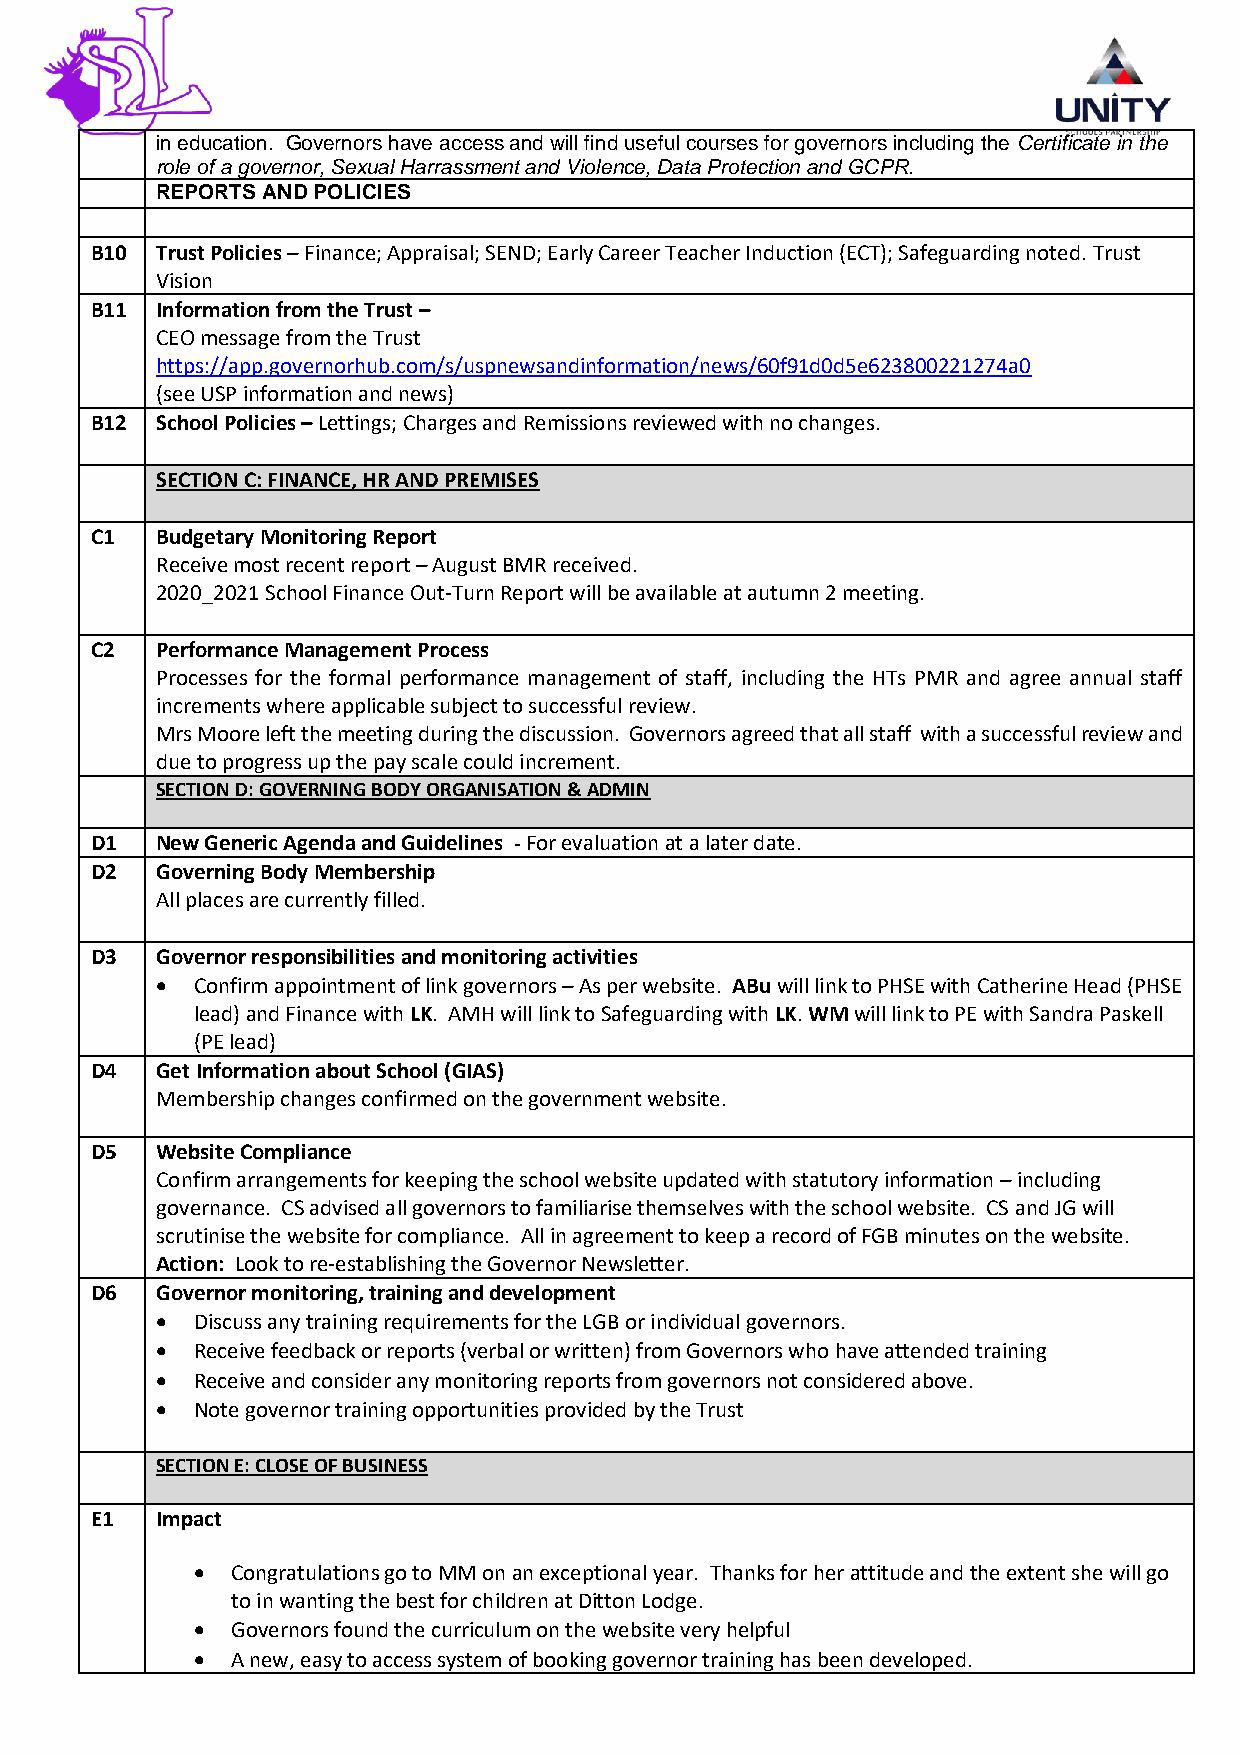
in education. Governors have access and will find useful courses for governors including the Certificate in the
 role of a governor, Sexual Harrassment and Violence, Data Protection and GCPR.
 REPORTS AND POLICIES
 B10 Trust Policies – Finance; Appraisal; SEND; Early Career Teacher Induction (ECT); Safeguarding noted. Trust
 Vision
 B11 Information from the Trust –
 CEO message from the Trust
 https://app.governorhub.com/s/uspnewsandinformation/news/60f91d0d5e623800221274a0
 (see USP information and news)
 B12 School Policies – Lettings; Charges and Remissions reviewed with no changes.
 SECTION C: FINANCE, HR AND PREMISES
 C1  Budgetary Monitoring Report
 Receive most recent report – August BMR received.
 2020_2021 School Finance Out-Turn Report will be available at autumn 2 meeting.
 C2  Performance Management Process
 Processes for the formal performance management of staff, including the HTs PMR and agree annual staff
 increments where applicable subject to successful review.
 Mrs Moore left the meeting during the discussion. Governors agreed that all staff with a successful review and
 due to progress up the pay scale could increment.
 SECTION D: GOVERNING BODY ORGANISATION & ADMIN
 D1  New Generic Agenda and Guidelines - For evaluation at a later date.
 D2  Governing Body Membership
 All places are currently filled.
 D3  Governor responsibilities and monitoring activities
   Confirm appointment of link governors – As per website. ABu will link to PHSE with Catherine Head (PHSE
 lead) and Finance with LK. AMH will link to Safeguarding with LK. WM will link to PE with Sandra Paskell
 (PE lead)
 D4  Get Information about School (GIAS)
 Membership changes confirmed on the government website.
 D5  Website Compliance
 Confirm arrangements for keeping the school website updated with statutory information – including
 governance. CS advised all governors to familiarise themselves with the school website. CS and JG will
 scrutinise the website for compliance. All in agreement to keep a record of FGB minutes on the website.
 Action: Look to re-establishing the Governor Newsletter.
 D6  Governor monitoring, training and development
   Discuss any training requirements for the LGB or individual governors.
   Receive feedback or reports (verbal or written) from Governors who have attended training
   Receive and consider any monitoring reports from governors not considered above.
   Note governor training opportunities provided by the Trust
 SECTION E: CLOSE OF BUSINESS
 E1  Impact
  Congratulations go to MM on an exceptional year. Thanks for her attitude and the extent she will go
 to in wanting the best for children at Ditton Lodge.
  Governors found the curriculum on the website very helpful
  A new, easy to access system of booking governor training has been developed.